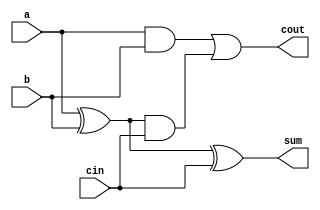
module fa_dataflow (a, b, cin, sum, cout);

input a, b, cin;
output sum, cout;

assign sum = a^b^cin;
assign cout = (a&b) | ((a^b)&cin);
    
endmodule